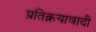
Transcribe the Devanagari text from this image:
प्रतिक्रयावादी